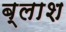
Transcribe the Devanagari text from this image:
ब्लाश